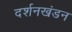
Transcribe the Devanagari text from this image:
दर्शनखंडन